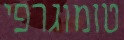
טומוגרפי